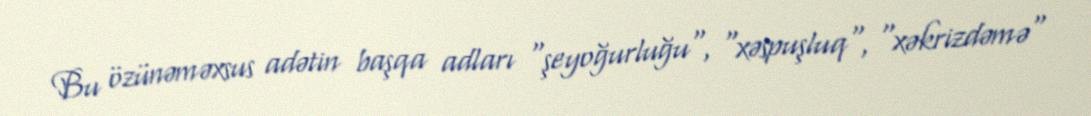
Bu özünəməxsus adətin başqa adları "şeyoğurluğu", "xəspuşluq", "xəkrizdəmə"